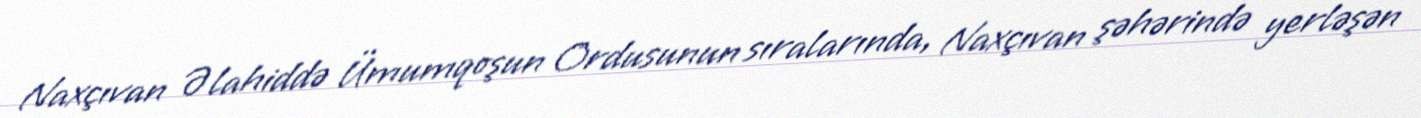
Naxçıvan Əlahiddə Ümumqoşun Ordusunun sıralarında, Naxçıvan şəhərində yerləşən